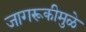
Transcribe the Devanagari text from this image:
जागरूकीमुळे